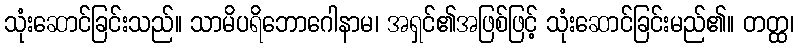
သုံးဆောင်ခြင်းသည်။ သာမိပရိဘောဂေါနာမ၊ အရှင်၏အဖြစ်ဖြင့် သုံးဆောင်ခြင်းမည်၏။ တတ္ထ၊